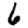
Digit: 6